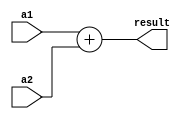
module adder_32
(
    input wire  [31:0] a1,
    input wire  [31:0] a2,
    output wire [31:0] result
);

    assign result = a1 + a2;
endmodule